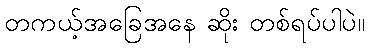
တကယ့်အခြေအနေ ဆိုး တစ်ရပ်ပါပဲ။